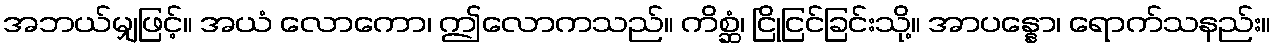
အဘယ်မျှဖြင့်။ အယံ လောကော၊ ဤလောကသည်။ ကိစ္ဆံ၊ ငြိုငြင်ခြင်းသို့။ အာပန္နော၊ ရောက်သနည်း။